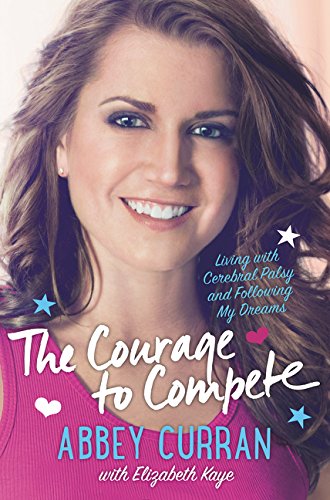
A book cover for The Courage to Compete: Living with Cerebral Palsy and Following My Dreams; Abbey Curran; Teen & Young Adult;